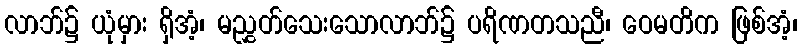
လာဘ်၌ ယုံမှား ရှိအံ့၊ မညွှတ်သေးသောလာဘ်၌ ပရိဏတသညီ၊ ဝေမတိက ဖြစ်အံ့၊